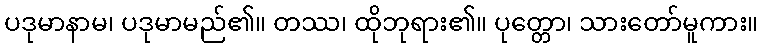
ပဒုမာနာမ၊ ပဒုမာမည်၏။ တဿ၊ ထိုဘုရား၏။ ပုတ္တော၊ သားတော်မူကား။